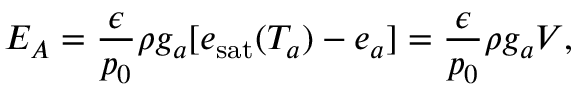
E _ { A } = \frac { \epsilon } { p _ { 0 } } \rho g _ { a } [ e _ { \mathrm { s a t } } ( T _ { a } ) - e _ { a } ] = \frac { \epsilon } { p _ { 0 } } \rho g _ { a } V ,